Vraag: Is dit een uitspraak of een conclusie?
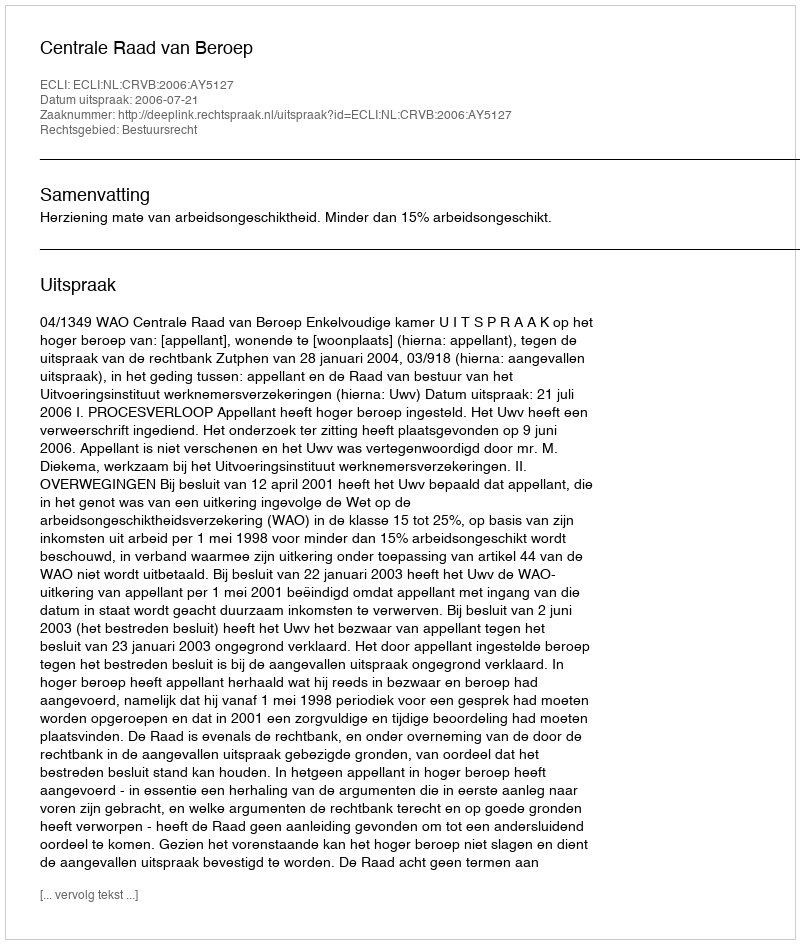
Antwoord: Uitspraak